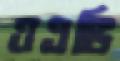
ওএভি